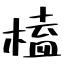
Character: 榼